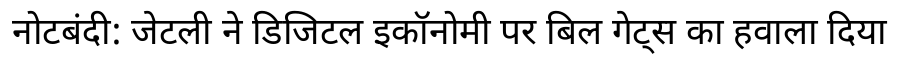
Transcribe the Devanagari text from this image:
नोटबंदी: जेटली ने डिजिटल इकॉनोमी पर बिल गेट्स का हवाला दिया